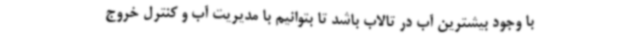
با وجود بیشترین آب در تالاب باشد تا بتوانیم با مدیریت آب و کنترل خروج